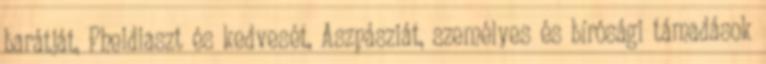
barátját, Pheidiaszt és kedvesét, Aszpásziát, személyes és bírósági támadások